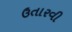
ઉતારવી